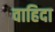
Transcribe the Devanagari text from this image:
वाहिदा